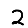
Digit: 2